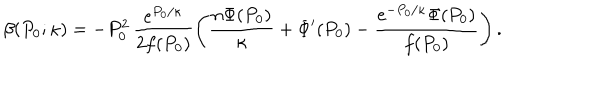
LaTeX: \beta ( P _ { 0 } ; \kappa ) = - P _ { 0 } ^ { 2 } \, \frac { e ^ { P _ { 0 } / \kappa } } { 2 f ( P _ { 0 } ) } \left( \frac { n \Phi ( P _ { 0 } ) } { \kappa } + \Phi ^ { \prime } ( P _ { 0 } ) - \frac { e ^ { - P _ { 0 } / \kappa } \Phi ( P _ { 0 } ) } { f ( P _ { 0 } ) } \right) .